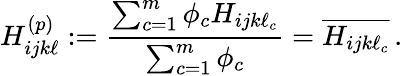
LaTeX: H_{ijk\ell}^{(p)}:=\frac{\sum_{c=1}^{m}\phi_{c}H_{ijk\ell_{c}}}{\sum_{c=1}^{m}\phi_{c}}=\overline{{H_{ijk\ell_{c}}}}\, .